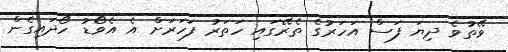
ވޭތުވެ ދިޔަ ފަސް އަހަރުގެ ތެރޭގައި ހަތަރު ފަހަރަށް އެ އެވޯޑު ހޯދައިގެން